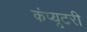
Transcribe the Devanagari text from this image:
कंप्यूटरी